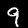
Label: 9